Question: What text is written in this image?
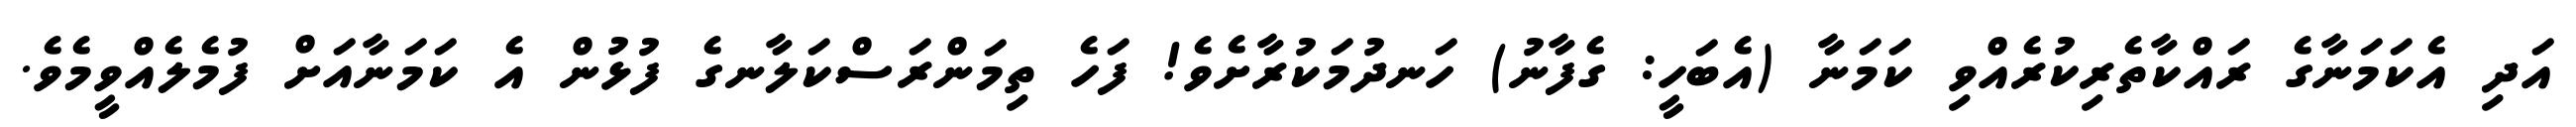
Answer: އަދި އެކަމަނާގެ ރައްކާތެރިކުރެއްވި ކަމަނާ (އެބަހީ: ގެފާނު) ހަނދުމަކުރާށެވެ! ފަހެ ތިމަންރަސްކަލާނގެ ފުޅުން އެ ކަމަނާއަށް ފުމެލެއްވީމެވެ.